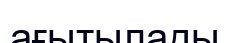
ағытылады